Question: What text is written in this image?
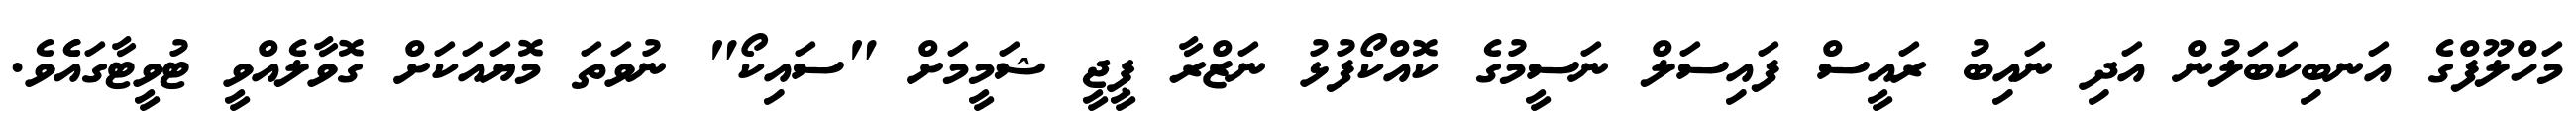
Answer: މަހްލޫފްގެ އަނބިކަބަލުން އަދި ނައިބު ރައީސް ފައިސަލް ނަސީމުގެ ކޮއްކޯފުޅު ނަޒްރާ ޕީޖީ ޝަމީމަށް "ސައިކޯ" ނުވަތަ މޮޔައަކަށް ގޮވާލެއްވީ ޓުވީޓާގައެެވެ.